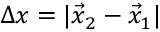
\Delta x = | \vec { x } _ { 2 } - \vec { x } _ { 1 } |